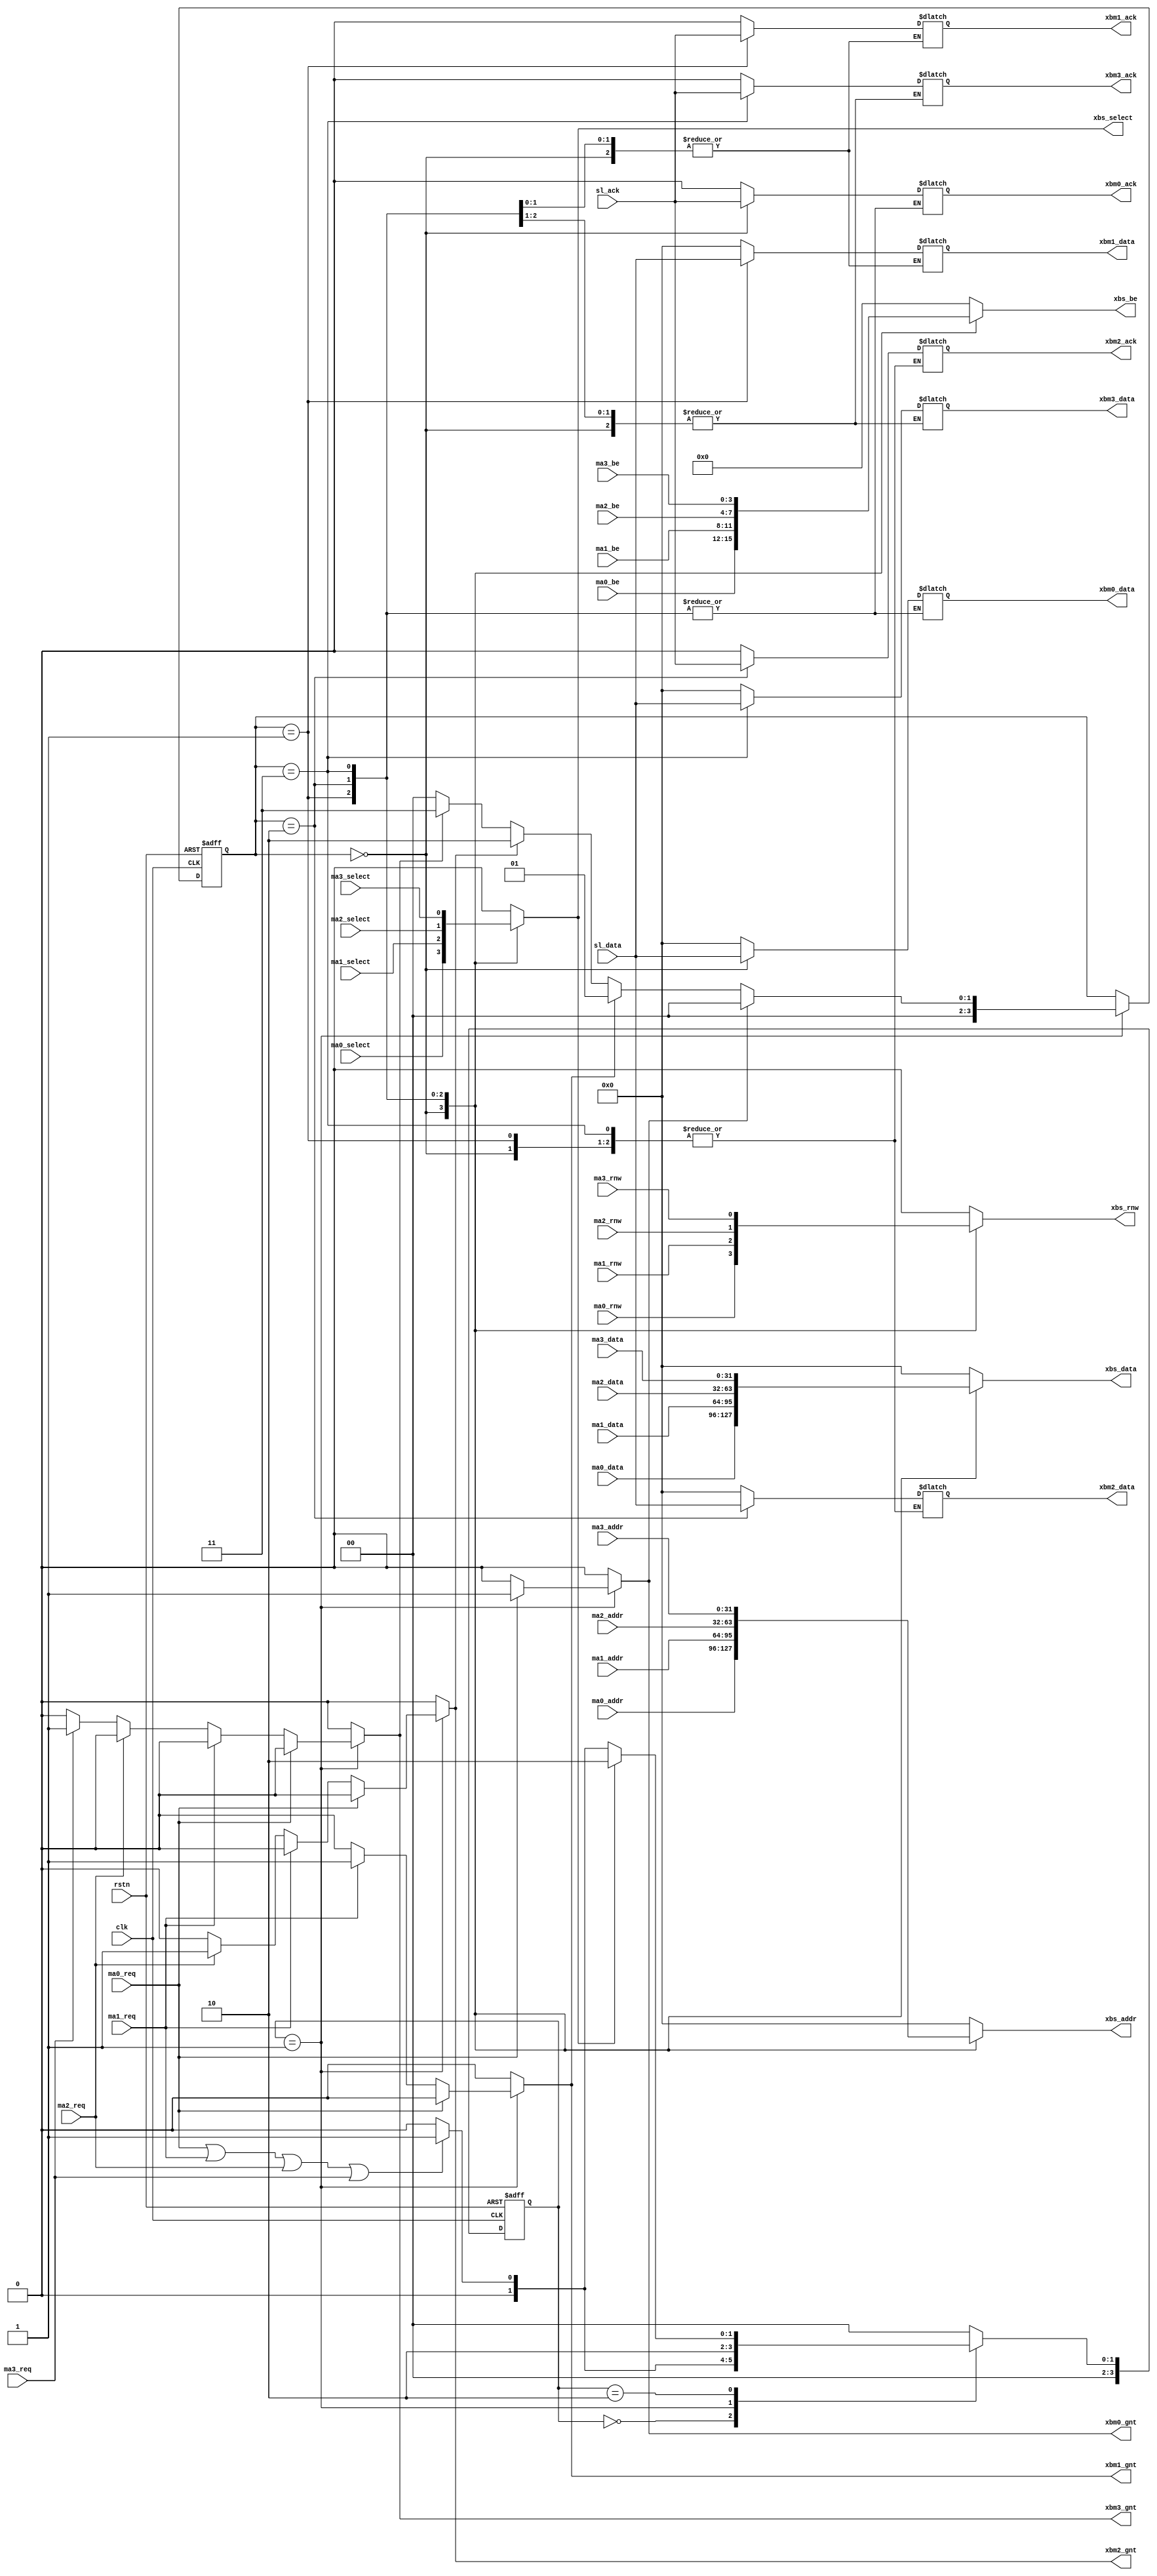
module xbuscore 
(
	input                 clk           ,
	input                 rstn          ,

	//-- to/from xbus master0----
	input                 ma0_req       ,
	output reg            xbm0_gnt      ,
	input                 ma0_select    ,
	input      [31:0]     ma0_addr      ,
	input      [31:0]     ma0_data      ,
	input                 ma0_rnw       ,
	input      [3:0]      ma0_be        ,
	output reg            xbm0_ack      ,
	output reg [31:0]     xbm0_data     ,

	//-- to/from xbus master1----
	input                 ma1_req       ,
	output reg            xbm1_gnt      ,
	input                 ma1_select    ,
	input      [31:0]     ma1_addr      ,
	input      [31:0]     ma1_data      ,
	input                 ma1_rnw       ,
	input      [3:0]      ma1_be        ,
	output reg            xbm1_ack      ,
	output reg [31:0]     xbm1_data     ,

	//-- to/from xbus master2----
	input                 ma2_req       ,
	output reg            xbm2_gnt      ,
	input                 ma2_select    ,
	input      [31:0]     ma2_addr      ,
	input      [31:0]     ma2_data      ,
	input                 ma2_rnw       ,
	input      [3:0]      ma2_be        ,
	output reg            xbm2_ack      ,
	output reg [31:0]     xbm2_data     ,

	//-- to/from xbus master3----
	input                 ma3_req       ,
	output reg            xbm3_gnt      ,
	input                 ma3_select    ,
	input      [31:0]     ma3_addr      ,
	input      [31:0]     ma3_data      ,
	input                 ma3_rnw       ,
	input      [3:0]      ma3_be        ,
	output reg            xbm3_ack      ,
	output reg [31:0]     xbm3_data     ,

	//-- to/from xbus slave----
	output reg            xbs_select    ,
	output reg [31:0]     xbs_addr      ,
	output reg [31:0]     xbs_data      ,
	output reg            xbs_rnw       ,
	output reg [3:0]      xbs_be        ,
	input                 sl_ack        ,
	input      [31:0]     sl_data       
	
);

	`define IDLE  4'h0
	`define ARBIT 4'h1
	`define TXFER 4'h2
		
	reg [3:0] state_c, state_n;
	wire isc_has_request; 
	wire isc_transfering;

	reg [3:0] maid; // current master id
	
//-------------------------------------------------------------------
// Switch/Mux
//-------------------------------------------------------------------

	// current master id
	always @(posedge clk or negedge rstn) begin
		if (~rstn)
			maid <= 4'b0;
		else begin
			if (state_c == `ARBIT) begin
				if (xbm0_gnt == 1'b1) begin maid <= 4'h0; end
				else if (xbm1_gnt == 1'b1) begin maid <= 4'h1; end
				else if (xbm2_gnt == 1'b1) begin maid <= 4'h2; end
				else if (xbm3_gnt == 1'b1) begin maid <= 4'h3; end
				else begin maid <= 4'h0; end
			end
		end
	end
	
	always @(*) begin
		case (maid)
			4'h0: begin
				xbs_select  = ma0_select ;
				xbs_addr    = ma0_addr   ;
				xbs_data    = ma0_data   ;
				xbs_rnw     = ma0_rnw    ;
				xbs_be      = ma0_be     ;
				xbm0_ack    = sl_ack     ;
				xbm0_data   = sl_data    ;
			end
			4'h1: begin
				xbs_select  = ma1_select ;
				xbs_addr    = ma1_addr   ;
				xbs_data    = ma1_data   ;
				xbs_rnw     = ma1_rnw    ;
				xbs_be      = ma1_be     ;
				xbm1_ack    = sl_ack     ;
				xbm1_data   = sl_data    ;
			end
			4'h2: begin
				xbs_select  = ma2_select ;
				xbs_addr    = ma2_addr   ;
				xbs_data    = ma2_data   ;
				xbs_rnw     = ma2_rnw    ;
				xbs_be      = ma2_be     ;
				xbm2_ack    = sl_ack     ;
				xbm2_data   = sl_data    ;
			end
			4'h3: begin
				xbs_select  = ma3_select ;
				xbs_addr    = ma3_addr   ;
				xbs_data    = ma3_data   ;
				xbs_rnw     = ma3_rnw    ;
				xbs_be      = ma3_be     ;
				xbm3_ack    = sl_ack     ;
				xbm3_data   = sl_data    ;
			end
			
			default: begin
				xbs_select  = 1'b0;
				xbs_addr    = 32'b0;
				xbs_data    = 32'b0;
				xbs_rnw     = 1'b0;
				xbs_be      = 4'b0;
				xbm0_ack    = 1'b0;
				xbm0_data   = 32'b0;
				xbm1_ack    = 1'b0;
				xbm1_data   = 32'b0;
				xbm2_ack    = 1'b0;
				xbm2_data   = 32'b0;
				xbm3_ack    = 1'b0;
				xbm3_data   = 32'b0;
			end
		endcase
	end
	
//-------------------------------------------------------------------
// Main FSM 
//-------------------------------------------------------------------

	always @(posedge clk or negedge rstn) begin
		if (~rstn)
			state_c <= `IDLE;
		else
			state_c <= state_n;
	end

	assign isc_has_request = ma0_req || ma1_req || ma2_req || ma3_req;
	assign isc_transfering = xbs_select;
	
	always @(*) begin
		{xbm0_gnt,xbm1_gnt,xbm2_gnt,xbm3_gnt} = {1'b0,1'b0,1'b0,1'b0};

		case (state_c)
			`IDLE: begin state_n = (isc_has_request)? `ARBIT:`IDLE; end
			`ARBIT:begin 
				if (ma0_req == 1'b1) begin xbm0_gnt = 1'b1; end
				else if (ma1_req == 1'b1) begin xbm1_gnt = 1'b1; end
				else if (ma2_req == 1'b1) begin xbm2_gnt = 1'b1; end
				else if (ma3_req == 1'b1) begin xbm3_gnt = 1'b1; end
				else begin end
				state_n = `TXFER;
			end
			`TXFER:begin state_n = (isc_transfering)? `TXFER: (isc_has_request)? `ARBIT:`IDLE; end
			default: begin state_n = `IDLE; end
		endcase
	end
	
	// synthesis translate_off
	reg  [8*20:1] state_ascii;
	always @(*) begin
		if      (state_c==`IDLE)     state_ascii <= "IDLE";
		else if (state_c==`ARBIT)    state_ascii <= "ARBIT";
		else if (state_c==`TXFER)    state_ascii <= "TXFER";
		else                         state_ascii <= "ERROR";
	end
	// synthesis translate_on
	
endmodule